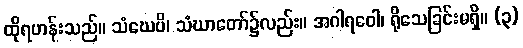
ထိုရဟန်းသည်။ သံဃေပိ၊ သံဃာတော်၌လည်း။ အဂါရဝေါ၊ ရိုသေခြင်းမရှိ။ (၃)